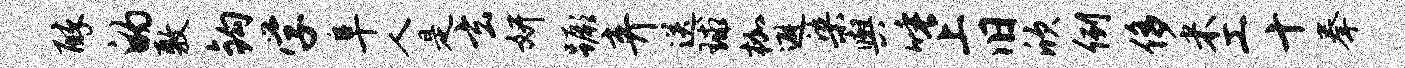
醉的敷钩学阜人是玄妍蹶弃送球枷避染舆唾上旧欣例侈米工十拳